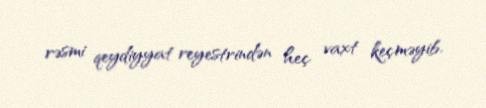
rəsmi qeydiyyat reyestrindən heç vaxt keçməyib.